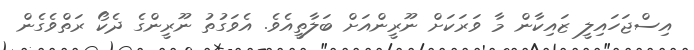
އިސްޖަހައިލީ ޒައިކާން މާ ވަރަކަށް ނޫރީންއަށް ބަލާތީއެވެ. އެވަގުތު ނޫރީންގެ ދެކޯ ރަތްވެގެން